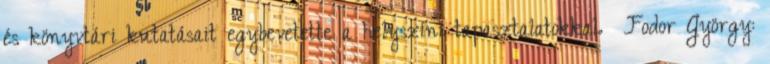
és könyvtári kutatásait egybevetette a helyszíni tapasztalatokkal. Fodor György: